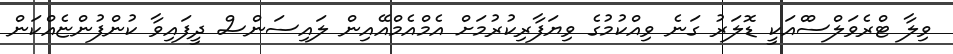
ވިލާ ޓްރެވަލްސްްއަކީ ޑޮލަރު ގަނެ ވިއްކުމުގެ ވިޔަފާރިކުރުމަށް އެމްއެމްއޭއިން ލައިސަންސް ދީފައިވާ ކުންފުންޏެއްކަން